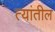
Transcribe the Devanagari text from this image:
त्‍यांतील